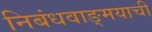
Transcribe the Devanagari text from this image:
निबंधवाङ्‌मयाची